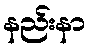
နည်းနာ